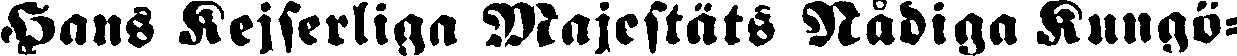
Hans Kejserliga Majestäts Nådiga Kungö-